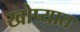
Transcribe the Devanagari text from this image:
खोप्यात